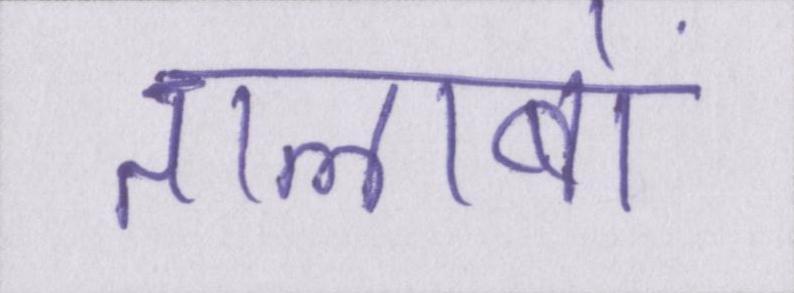
तालाबों